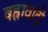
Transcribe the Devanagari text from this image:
बह्रावादी